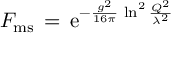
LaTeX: F _ { \mathrm { m s } } \, = \, \mathrm { e } ^ { - \frac { g ^ { 2 } } { 1 6 \pi } \, \ln ^ { 2 } \frac { Q ^ { 2 } } { \lambda ^ { 2 } } }